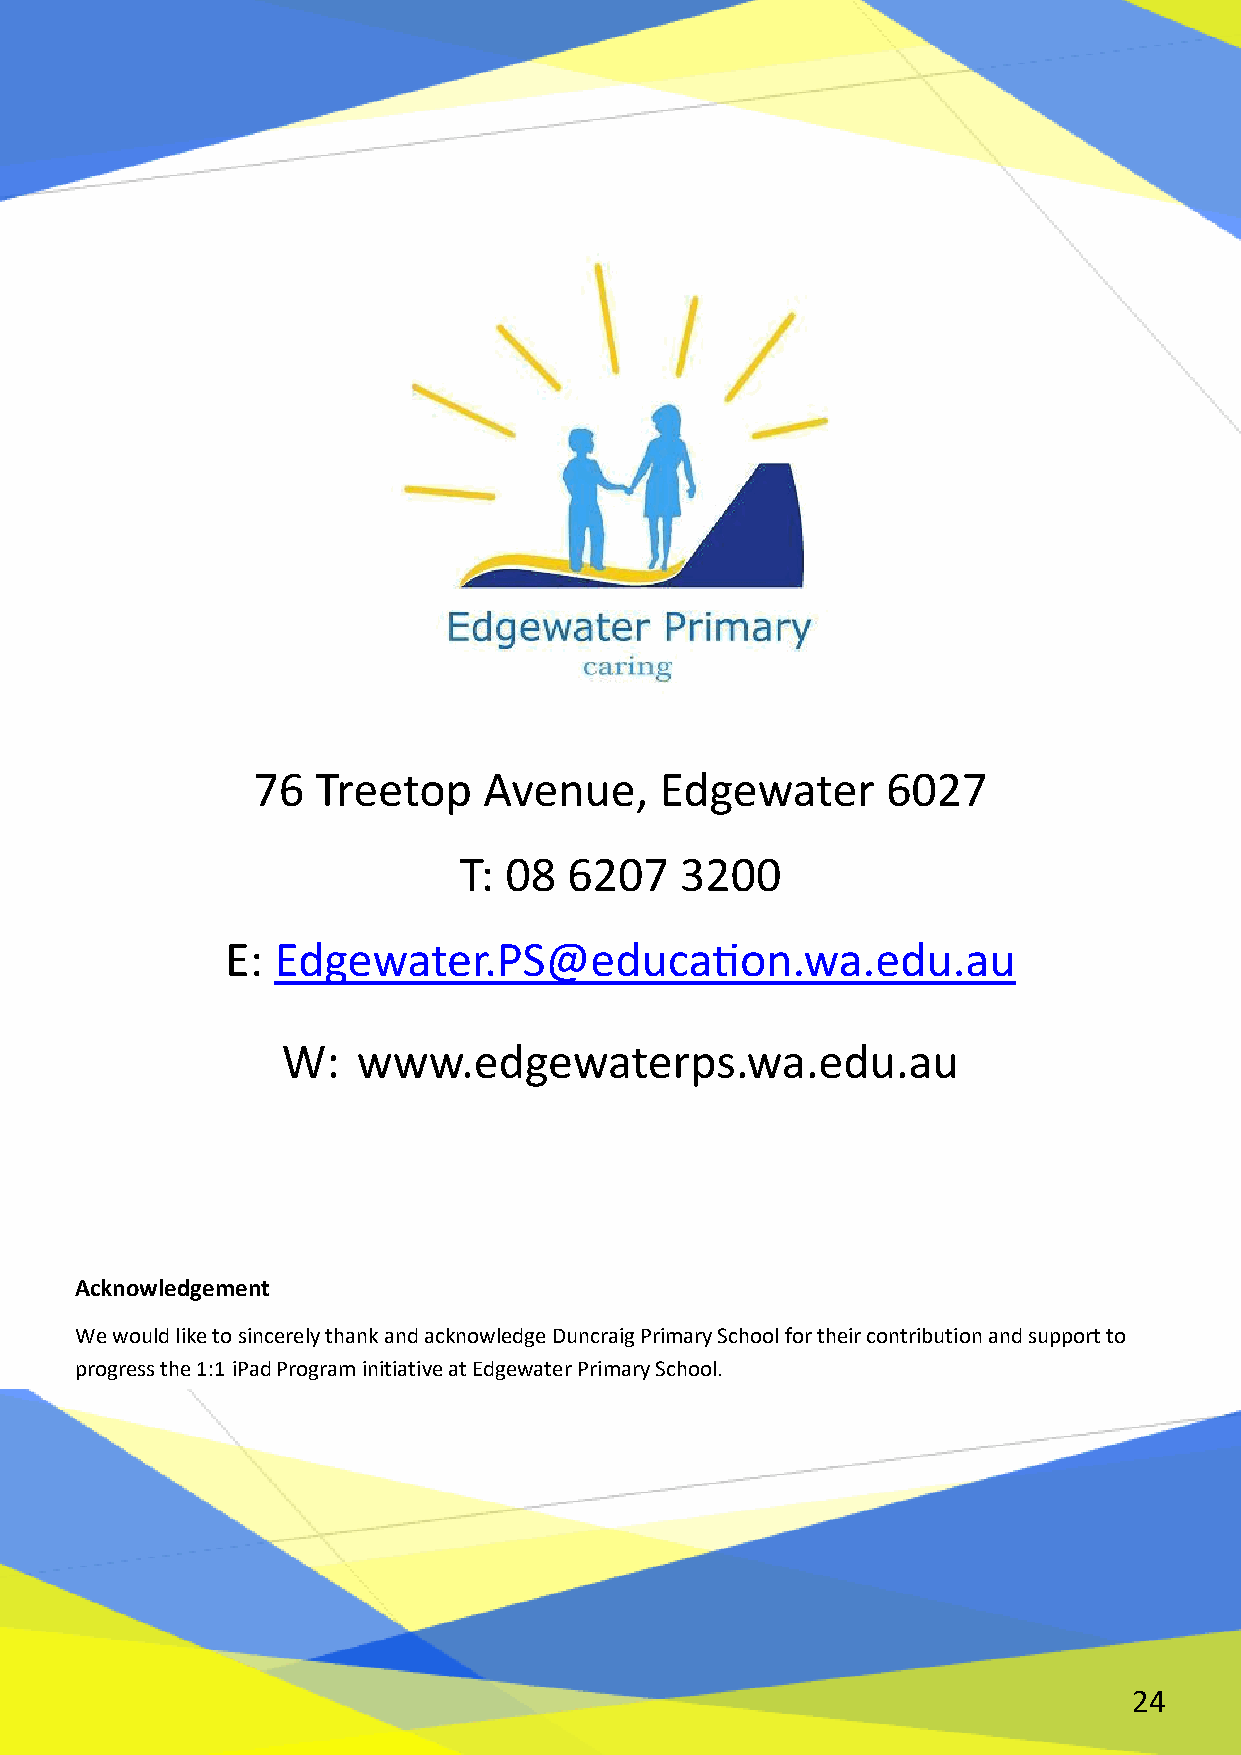
76  Treetop    Avenue,     Edgewater      6027
 T: 08   6207   3200
 E: Edgewater.PS@education.wa.edu.au
 W:   www.edgewaterps.wa.edu.au
 Acknowledgement
 We would like to sincerely thank and acknowledge Duncraig Primary School for their contribution and support to
 progress the 1:1 iPad Program initiative at Edgewater Primary School.
 24